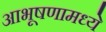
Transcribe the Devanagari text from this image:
आभूषणामध्ये